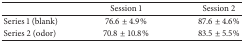
<table><thead><tr><td><b> </b></td><td><b>Session 1</b></td><td><b>Session 2</b></td></tr></thead><tbody><tr><td>Series 1 (blank)</td><td>76.6 ± 4.9%</td><td>87.6 ± 4.6%</td></tr><tr><td>Series 2 (odor)</td><td>70.8 ± 10.8%</td><td>83.5 ± 5.5%</td></tr></tbody></table>